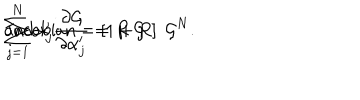
\sum _ { j = 1 } ^ { N } \alpha _ { j } ^ { \prime } \frac { \partial { \cal { G } } } { \partial \alpha _ { j } ^ { \prime } } = R \; { \cal { G } } \hspace { 1 0 m m } \mathrm { a n d } \hspace { 1 0 m m } \mathrm { J a c o b i a n } = \left[ 1 + R \right] \; { \cal { G } } ^ { N } .